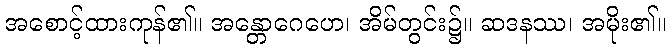
အစောင့်ထားကုန်၏။ အန္တောဂေဟေ၊ အိမ်တွင်း၌။ ဆဒနဿ၊ အမိုး၏။